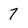
Character: 7